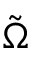
\tilde { \Omega }